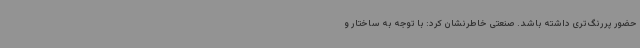
حضور پررنگ‌تری داشته باشد. صنعتی خاطرنشان کرد: با توجه به ساختار و